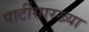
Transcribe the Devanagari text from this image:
पार्टीसारख्या